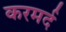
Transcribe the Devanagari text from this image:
करमर्द